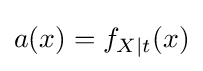
a(x)=f_{X\mid t}(x)